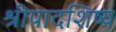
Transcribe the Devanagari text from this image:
श्रीपादशिष्य